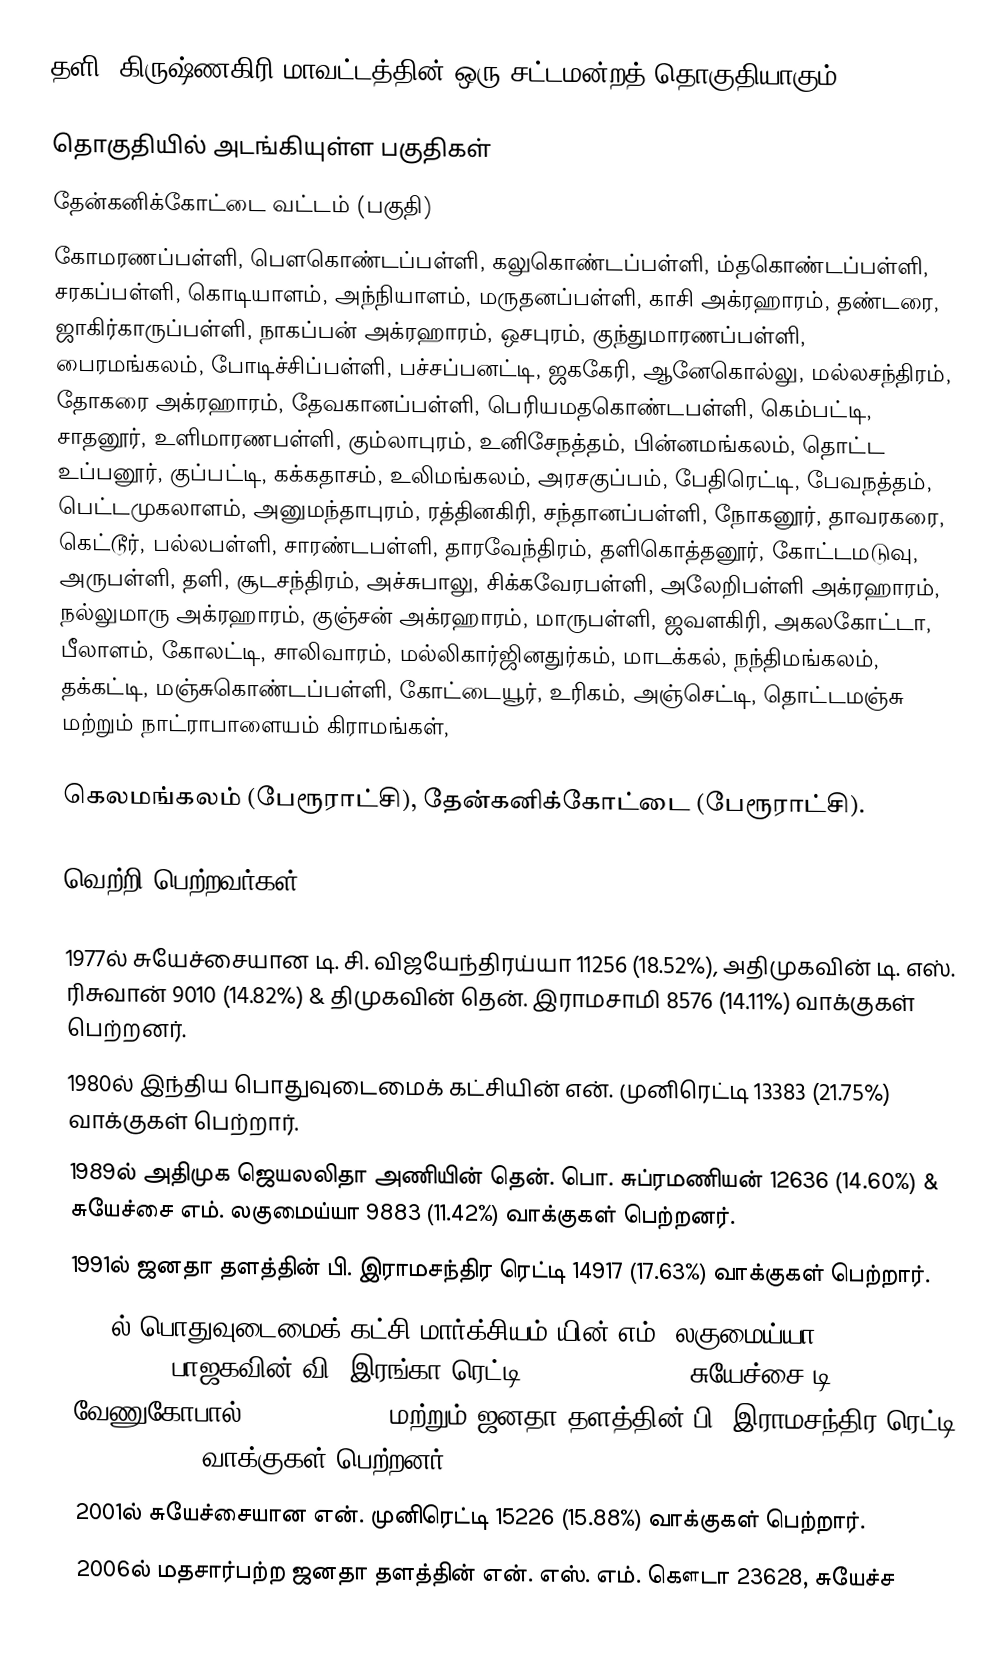
தளி, கிருஷ்ணகிரி மாவட்டத்தின் ஒரு சட்டமன்றத் தொகுதியாகும்.

தொகுதியில் அடங்கியுள்ள பகுதிகள்
தேன்கனிக்கோட்டை வட்டம் (பகுதி)
கோமரணப்பள்ளி, பௌகொண்டப்பள்ளி, கலுகொண்டப்பள்ளி, ம்தகொண்டப்பள்ளி, சரகப்பள்ளி, கொடியாளம், அந்நியாளம், மருதனப்பள்ளி, காசி அக்ரஹாரம், தண்டரை, ஜாகிர்காருப்பள்ளி, நாகப்பன் அக்ரஹாரம், ஒசபுரம், குந்துமாரணப்பள்ளி, பைரமங்கலம், போடிச்சிப்பள்ளி, பச்சப்பனட்டி, ஜககேரி, ஆனேகொல்லு, மல்லசந்திரம், தோகரை அக்ரஹாரம், தேவகானப்பள்ளி, பெரியமதகொண்டபள்ளி, கெம்பட்டி, சாதனூர், உளிமாரணபள்ளி, கும்லாபுரம், உனிசேநத்தம், பின்னமங்கலம், தொட்ட உப்பனூர், குப்பட்டி, கக்கதாசம், உலிமங்கலம், அரசகுப்பம், பேதிரெட்டி, பேவநத்தம், பெட்டமுகலாளம், அனுமந்தாபுரம், ரத்தினகிரி, சந்தானப்பள்ளி, நோகனூர், தாவரகரை, கெட்டூர், பல்லபள்ளி, சாரண்டபள்ளி, தாரவேந்திரம், தளிகொத்தனூர், கோட்டமடுவு, அருபள்ளி, தளி, சூடசந்திரம், அச்சுபாலு, சிக்கவேரபள்ளி, அலேறிபள்ளி அக்ரஹாரம், நல்லுமாரு அக்ரஹாரம், குஞ்சன் அக்ரஹாரம், மாருபள்ளி, ஜவளகிரி, அகலகோட்டா, பீலாளம், கோலட்டி, சாலிவாரம், மல்லிகார்ஜினதுர்கம், மாடக்கல், நந்திமங்கலம், தக்கட்டி, மஞ்சுகொண்டப்பள்ளி, கோட்டையூர், உரிகம், அஞ்செட்டி, தொட்டமஞ்சு மற்றும் நாட்ராபாளையம் கிராமங்கள்,

கெலமங்கலம் (பேரூராட்சி), தேன்கனிக்கோட்டை (பேரூராட்சி).

வெற்றி பெற்றவர்கள்

 1977ல் சுயேச்சையான டி. சி. விஜயேந்திரய்யா 11256 (18.52%), அதிமுகவின் டி. எஸ். ரிசுவான் 9010 (14.82%) & திமுகவின் தென். இராமசாமி 8576 (14.11%) வாக்குகள் பெற்றனர்.
 1980ல் இந்திய பொதுவுடைமைக் கட்சியின் என். முனிரெட்டி 13383 (21.75%) வாக்குகள் பெற்றார்.
 1989ல் அதிமுக ஜெயலலிதா அணியின் தென். பொ. சுப்ரமணியன் 12636 (14.60%) & சுயேச்சை எம். லகுமைய்யா 9883 (11.42%) வாக்குகள் பெற்றனர்.
 1991ல் ஜனதா தளத்தின் பி. இராமசந்திர ரெட்டி 14917 (17.63%) வாக்குகள் பெற்றார்.
 1996ல் பொதுவுடைமைக் கட்சி(மார்க்சியம்)யின் எம். லகுமைய்யா 14073 (15.33%),  பாஜகவின் வி. இரங்கா ரெட்டி 12521 (13.64%), சுயேச்சை டி. வேணுகோபால் 6931 (7.55%), மற்றும் ஜனதா தளத்தின் பி. இராமசந்திர ரெட்டி 6779 (7.38%) வாக்குகள் பெற்றனர்.
 2001ல் சுயேச்சையான என். முனிரெட்டி 15226 (15.88%) வாக்குகள் பெற்றார்.
 2006ல் மதசார்பற்ற ஜனதா தளத்தின் என். எஸ். எம். கௌடா 23628, சுயேச்ச